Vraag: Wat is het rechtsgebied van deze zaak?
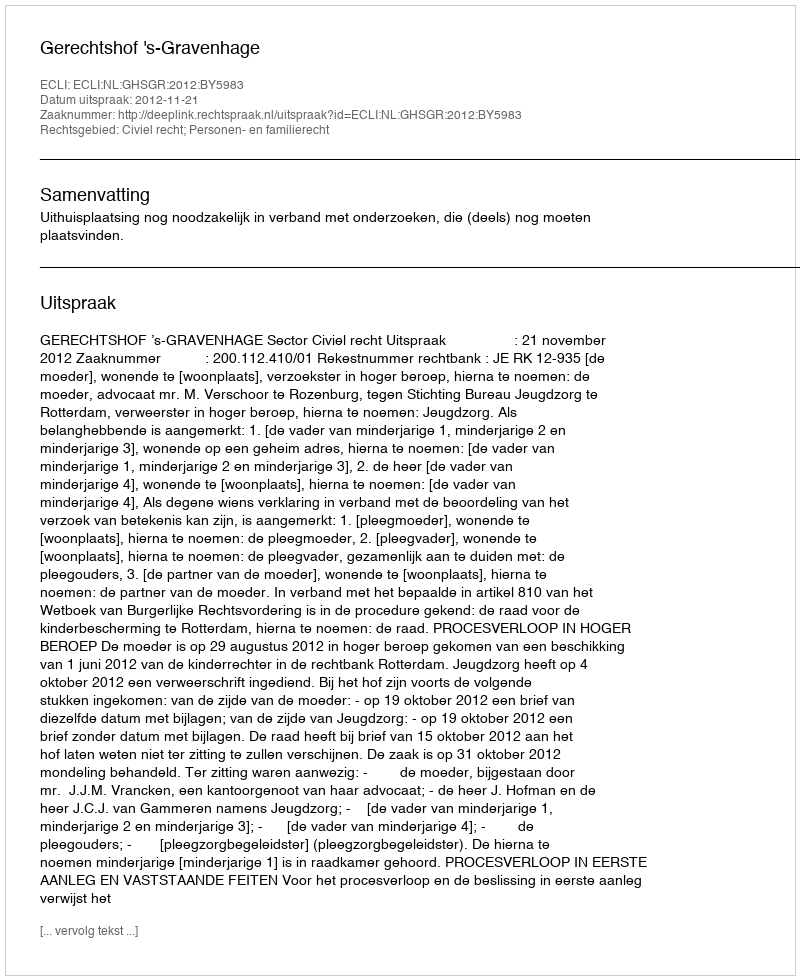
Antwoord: Civiel recht; Personen- en familierecht